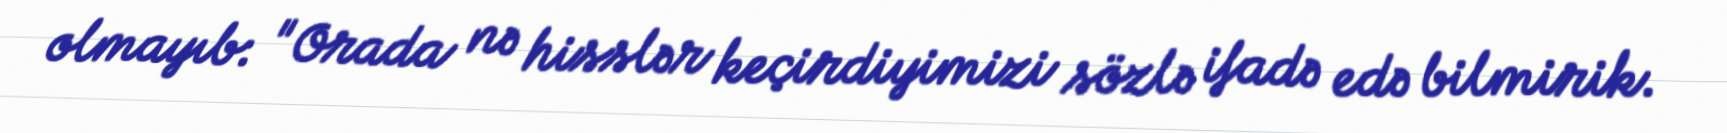
olmayıb: "Orada nə hisslər keçirdiyimizi sözlə ifadə edə bilmirik.